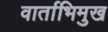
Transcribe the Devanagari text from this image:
वार्ताभिमुख